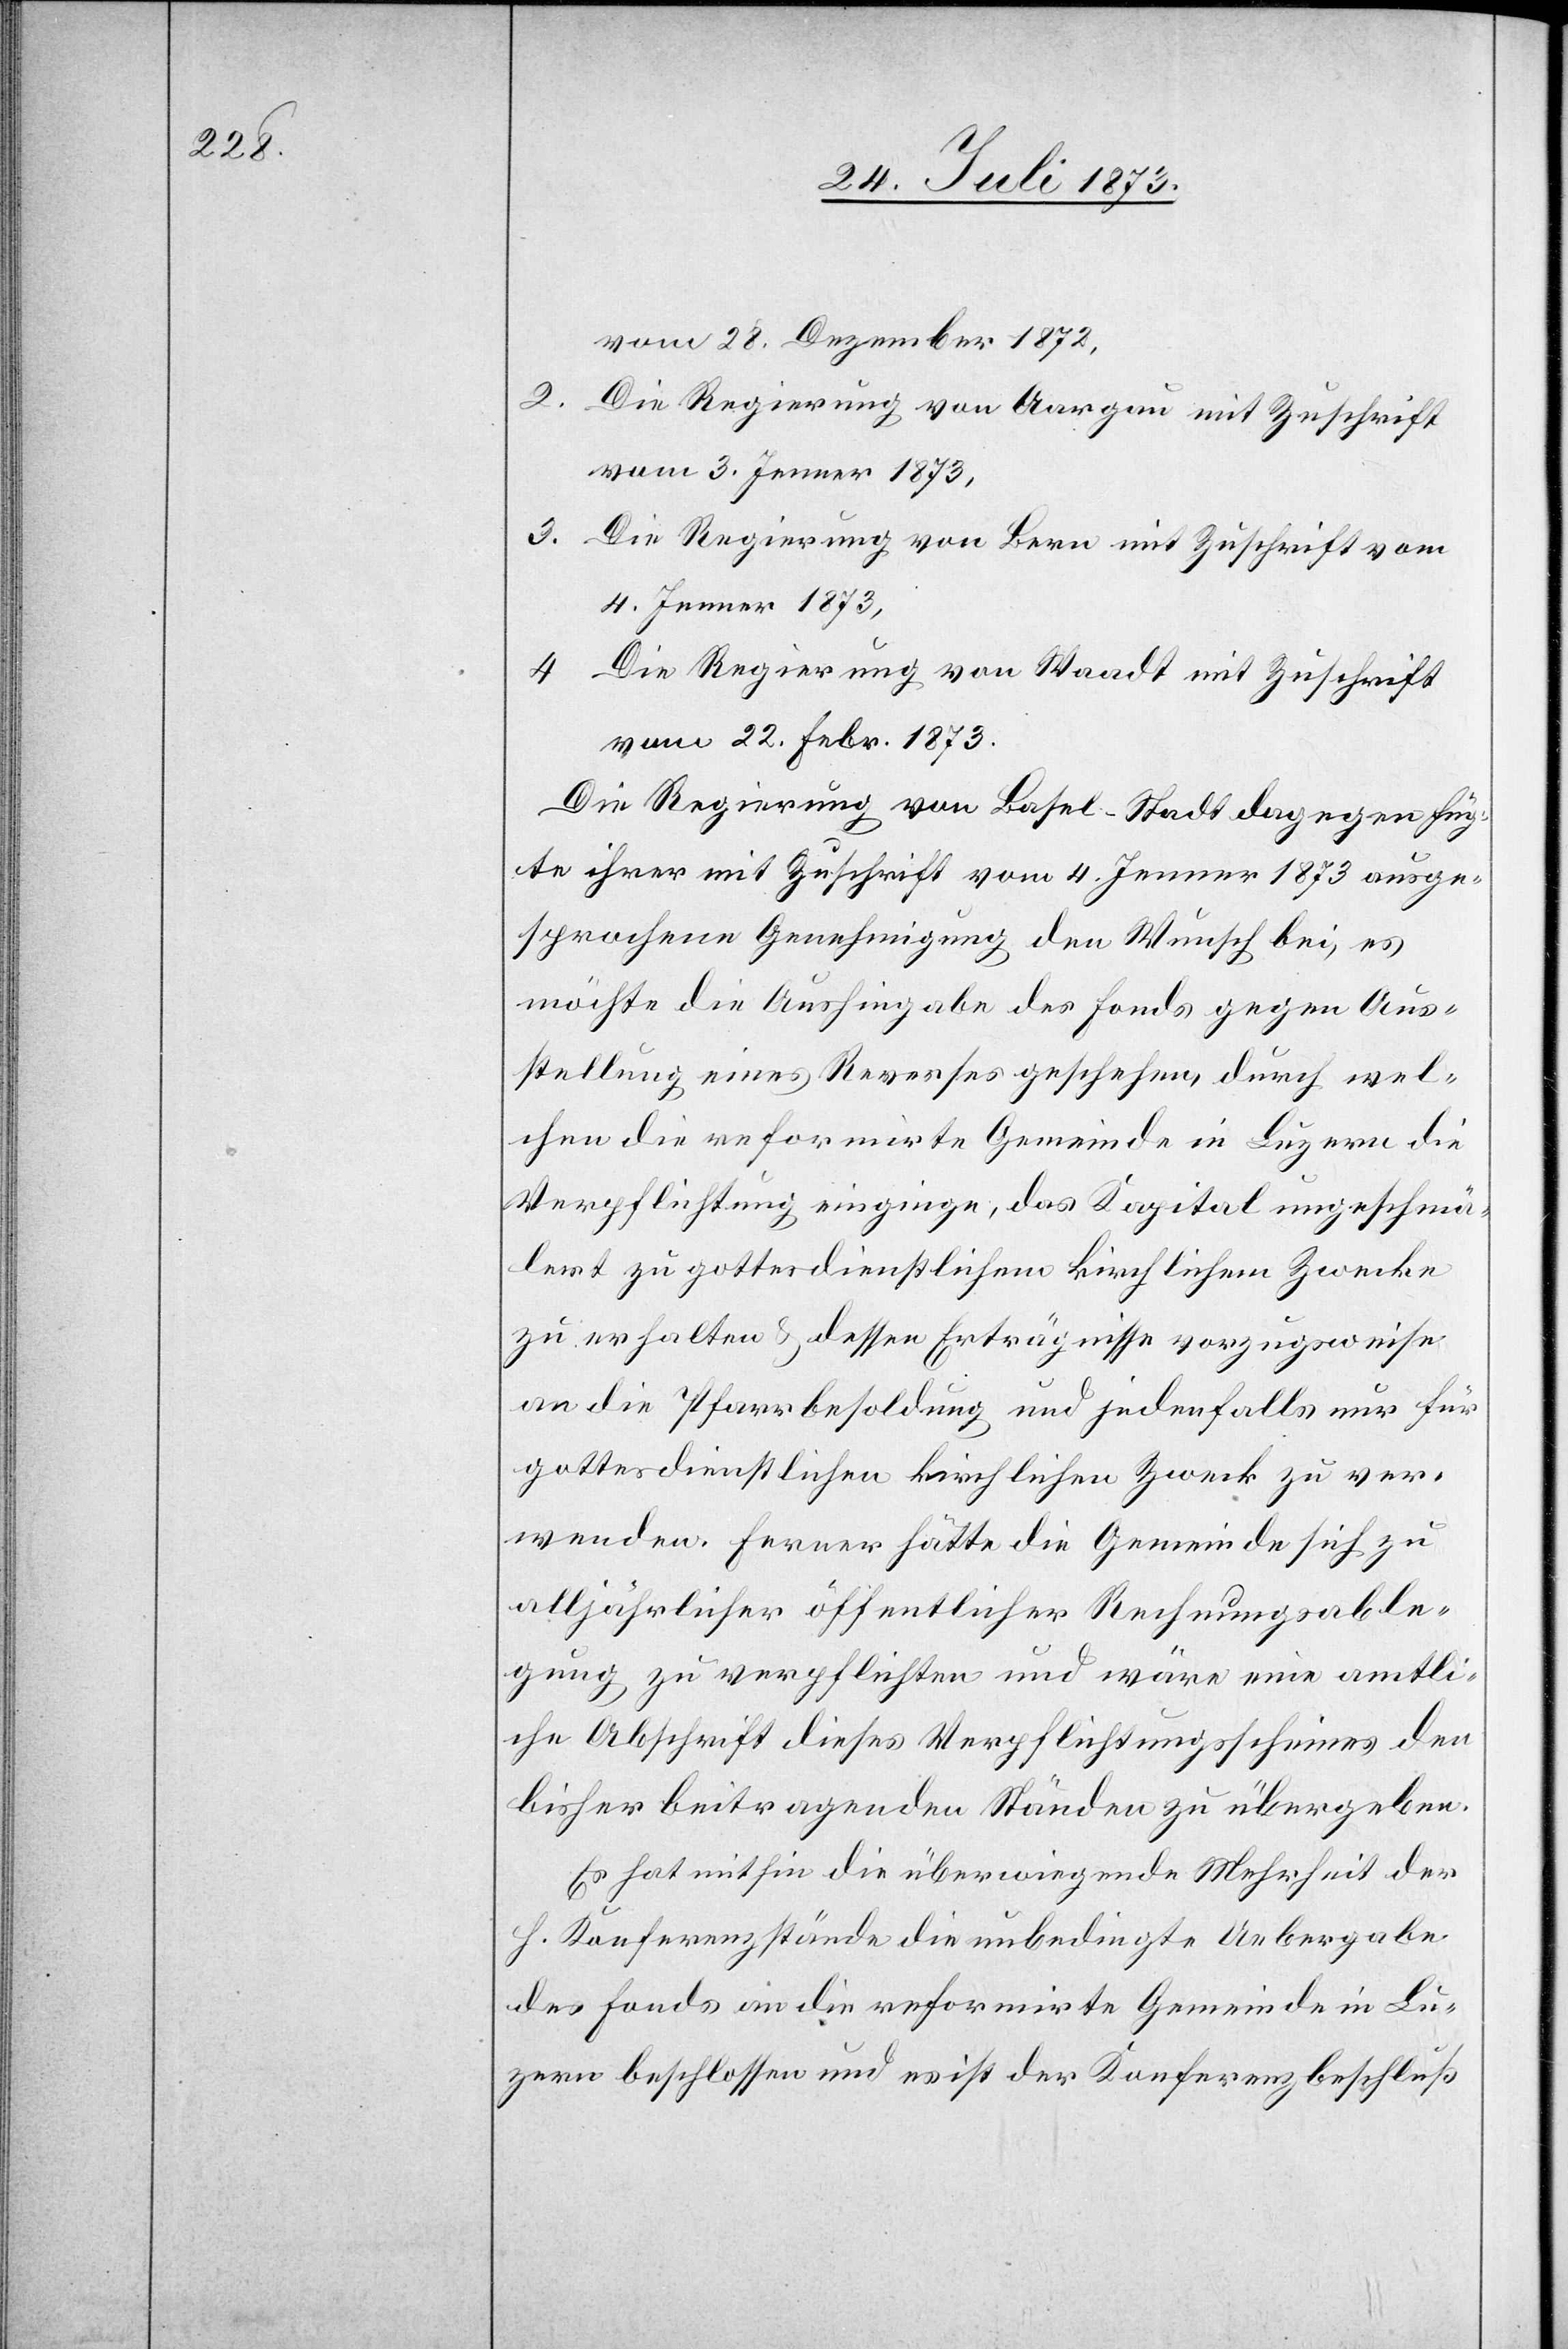
vom 28. Dezember 1872,
2. Die Regierung von Aargau mit Zuschrift
vom 3. Jenner 1873,
3. Die Regierung von Bern mit Zuschrift vom
4. Jenner 1873,
4. Die Regierung von Waadt mit Zuschrift
vom 22. Febr. 1873.
Die Regierung von Basel-Stadt dagegen füg¬
te ihrer mit Zuschrift vom 4. Jenner 1873 ausge¬
sprochene Genehmigung den Wunsch bei, es
möchte die Aushingabe des Fonds gegen Aus¬
stellung eines Reverses geschehen, durch wel¬
chen die reformirte Gemeinde in Luzern die
Verpflichtung einginge, das Kapital ungeschmä¬
lert zu gottesdienstlichem kirchlichem Zwecke
zu erhalten & dessen Erträgnisse vorzugsweise
an die Pfarrbesoldung und jedenfalls nur für
gottesdienstlichen kirchlichen Zweck zu ver¬
wenden. Ferner hätte die Gemeinde sich zu
alljährlicher öffentlicher Rechnungsable¬
gung zu verpflichten und wäre eine amtli¬
che Abschrift dieses Verpflichtungsscheines den
bisher beitragenden Ständen zu übergeben.
Es hat mithin die überwiegende Mehrheit der
h. Konferenzstände die unbedingte Uebergabe
des Fonds an die reformirte Gemeinde in Lu¬
zern beschlossen und es ist der Konferenzbeschluß